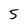
Character: 5